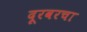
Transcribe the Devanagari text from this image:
दूरवरचा